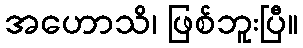
အဟောသိ၊ ဖြစ်ဘူးပြီ။